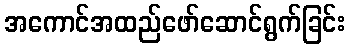
အကောင်အထည်ဖော်ဆောင်ရွက်ခြင်း